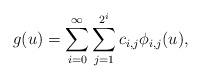
LaTeX: \begin{align*} g(u) = \sum_{i=0}^\infty\sum_{j=1}^{2^i} c_{i,j}\phi_{i,j}(u),\end{align*}